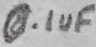
Text: 0.1uF